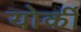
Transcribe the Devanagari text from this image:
योर्की